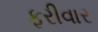
ફરીવાર